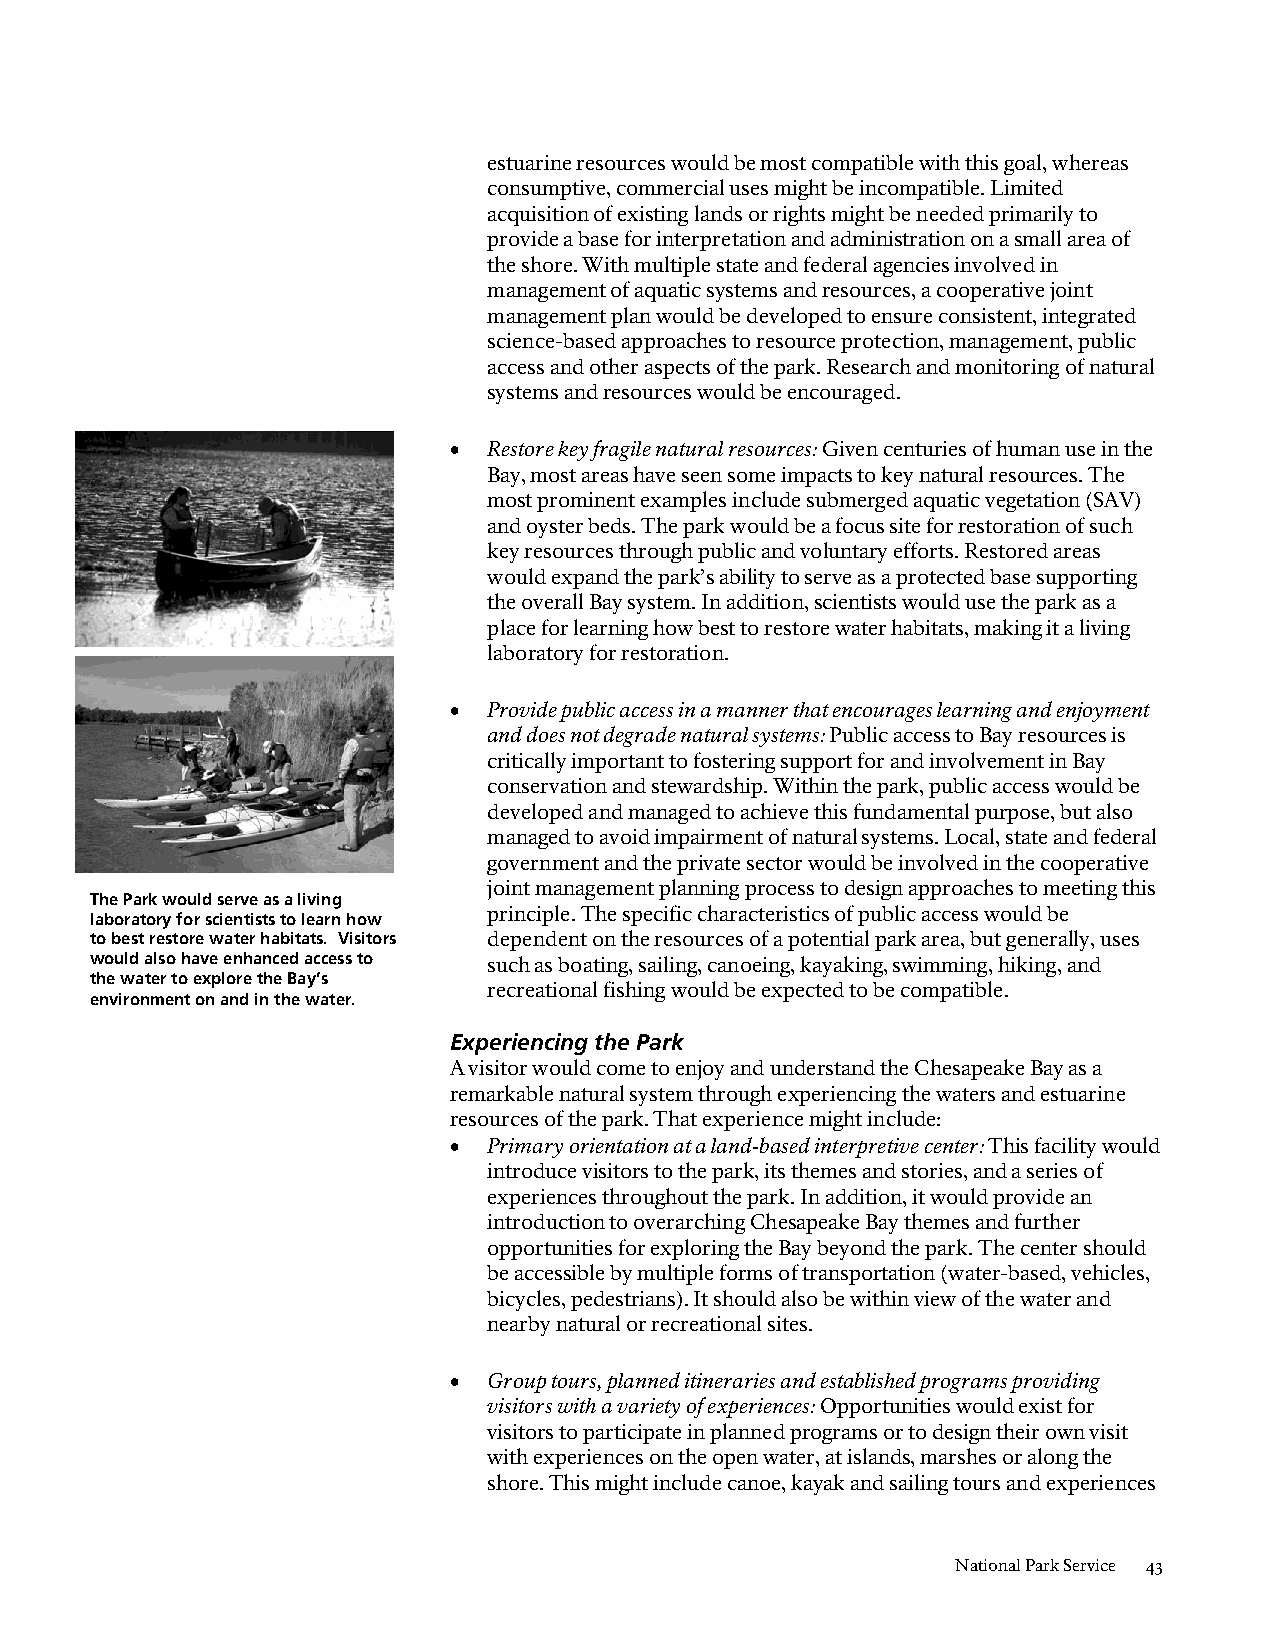
estuarine resources would be most compatible with this goal, whereas
 consumptive, commercial uses might be incompatible. Limited
 acquisition of existing lands or rights might be needed primarily to
 provide a base for interpretation and administration on a small area of
 the shore. With multiple state and federal agencies involved in
 management of aquatic systems and resources, a cooperative joint
 management plan would be developed to ensure consistent, integrated
 science-based approaches to resource protection, management, public
 access and other aspects of the park. Research and monitoring of natural
 systems and resources would be encouraged.
 • Restore key fragile natural resources: Given centuries of human use in the
 Bay, most areas have seen some impacts to key natural resources. The
 most prominent examples include submerged aquatic vegetation (SAV)
 and oyster beds. The park would be a focus site for restoration of such
 key resources through public and voluntary efforts. Restored areas
 would expand the park’s ability to serve as a protected base supporting
 the overall Bay system. In addition, scientists would use the park as a
 place for learning how best to restore water habitats, making it a living
 laboratory for restoration.
 • Provide public access in a manner that encourages learning and enjoyment
 and does not degrade natural systems: Public access to Bay resources is
 critically important to fostering support for and involvement in Bay
 conservation and stewardship. Within the park, public access would be
 developed and managed to achieve this fundamental purpose, but also
 managed to avoid impairment of natural systems. Local, state and federal
 government and the private sector would be involved in the cooperative
 joint management planning process to design approaches to meeting this
 The Park would serve as a living
 principle. The specific characteristics of public access would be
 laboratory for scientists to learn how
 to best restore water habitats. Visitors dependent on the resources of a potential park area, but generally, uses
 would also have enhanced access to such as boating, sailing, canoeing, kayaking, swimming, hiking, and
 the water to explore the Bay’s
 recreational fishing would be expected to be compatible.
 environment on and in the water.
 Experiencing the Park
 A visitor would come to enjoy and understand the Chesapeake Bay as a
 remarkable natural system through experiencing the waters and estuarine
 resources of the park. That experience might include:
 • Primary orientation at a land-based interpretive center: This facility would
 introduce visitors to the park, its themes and stories, and a series of
 experiences throughout the park. In addition, it would provide an
 introduction to overarching Chesapeake Bay themes and further
 opportunities for exploring the Bay beyond the park. The center should
 be accessible by multiple forms of transportation (water-based, vehicles,
 bicycles, pedestrians). It should also be within view of the water and
 nearby natural or recreational sites.
 • Group tours, planned itineraries and established programs providing
 visitors with a variety of experiences: Opportunities would exist for
 visitors to participate in planned programs or to design their own visit
 with experiences on the open water, at islands, marshes or along the
 shore. This might include canoe, kayak and sailing tours and experiences
 National Park Service 43